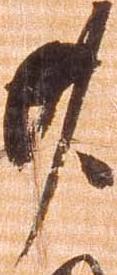
廿